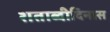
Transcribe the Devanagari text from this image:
शताब्दीदिनास